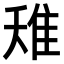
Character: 𨾘